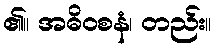
၏။ အဓိဝစနံ၊ တည်း။